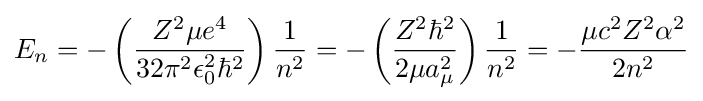
E_{n}=-\left({\frac {Z^{2}\mu e^{4}}{32\pi ^{2}\epsilon _{0}^{2}\hbar ^{2}}}\right){\frac {1}{n^{2}}}=-\left({\frac {Z^{2}\hbar ^{2}}{2\mu a_{\mu }^{2}}}\right){\frac {1}{n^{2}}}=-{\frac {\mu c^{2}Z^{2}\alpha ^{2}}{2n^{2}}}